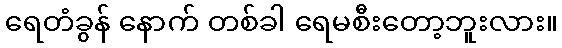
ရေတံခွန် နောက် တစ်ခါ ရေမစီးတော့ဘူးလား။